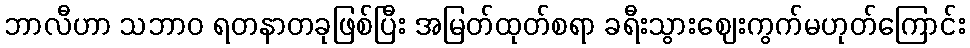
ဘာလီဟာ သဘာဝ ရတနာတခုဖြစ်ပြီး အမြတ်ထုတ်စရာ ခရီးသွားဈေးကွက်မဟုတ်ကြောင်း